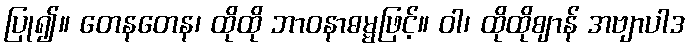
ပြု၍။ တေနတေန၊ ထိုထို ဘာဝနာဓမ္မဖြင့်။ ဝါ၊ ထိုထိုဈာန် အဗျာပါဒ